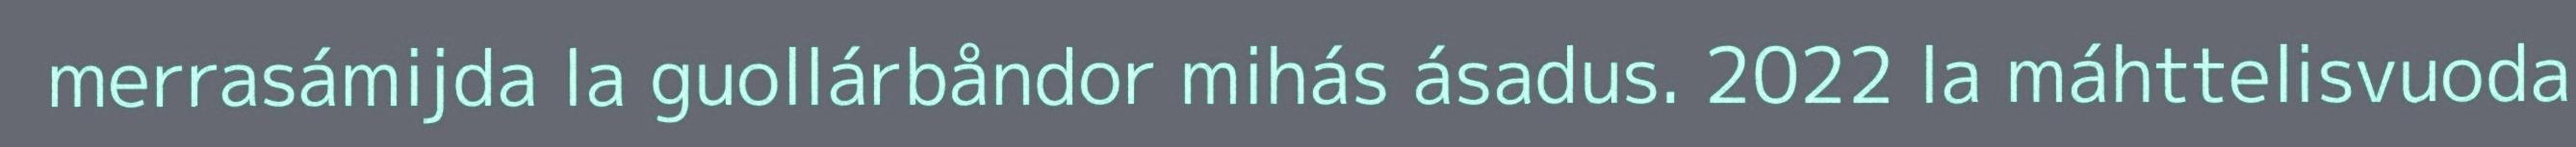
merrasámijda la guollárbåndor mihás ásadus. 2022 la máhttelisvuoda